Lunatic asylums Punjab 1881-1894 - 1881-1894
Year: 1881
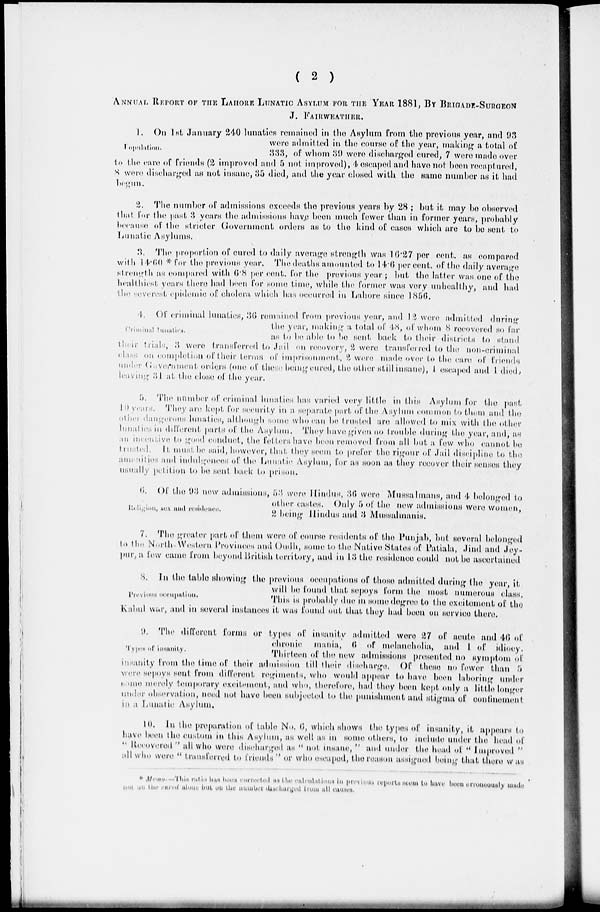
( 2 )
ANNUAL REPORT OF THE LAHORE LUNATIC ASYLUM FOR THE YEAR 1881, BY BRIGADE-SURGEON
J.
FAIRWEATHER.
Population.
1. On 1st January 240 lunatics remained in the Asylum from the previous year, and 93
were admitted in the course of the year, making a total of
333, of whom 39 were discharged cured, 7 were made over
to the care of friends (2 improved and 5 not improved), 4 escaped and have not boon recaptured,
8 were discharged an not insane, 35 died, and the year cloned with the same number as it had
begun.
2. The number of admissions exceeds the previous years by 28 ; but it may be observed
that for the past 3 years the admissions have been much fewer than in former years, probably
because of the stricter Government orders as to the kind of cases which are to be sent to
Lunatic Asylums.
3. The proportion of cured to daily average strength was 16.27 per cent. as compared
with 14.60 * for the previous year. The deaths amounted to 140 per cent. of the daily average
strength as compared with 6.8 per rent. for the previous year; but the latter was one of the
healthiest years there had been for some time, while the former was very unhealthy, and had
the severest epidemic of cholera which has occurred in Lahore since 1856.
Criminal
lunatics.
4. Of criminal lunatics, 36 remained from previous year, and 12 were admitted during
the year, making a total of 48, of whom 8 recovered so far
as to be able to be sent back to their districts to stand
their trials, 3 were transferred to Jail on recovery, 2 were transferred to the non-criminal
class on completion of their terms of imprisonment, 2 were made over to the care of friends
under Government orders (one of these being cured, the other still insane), I escaped and I died,
leaving 31 at the close of the year.
5. The number of criminal lunation has varied very little in this Asylum for the past
10 years. They are kept for security in a separate part of the Asylum common to them and the
other dangerous lunatics, although some who can be trusted are allowed to mix with the other
lunatics in different parts of the Asylum. They have given no trouble during the year, and, as
an incentive to good conduct, the letters have been removed from all but a few who cannot be
trusted. It must be said, however, that they seem to prefer the rigour of Jail discipline to the
amenities and indulgences of the Lunatic Asylum, for an soon as they recover their senses they
usually petition to be sent back to prison.
Religion, sex and residence.
6. Of the 93 new admissions, 53 were Hindus, 36 were Mussalmans, and 4 belonged to
other castes. Only 5 of the new admissions were women,
2 being Hindus and 3 Mussalmanis.
7. The greater part of them were of course residents of the Punjab, but several belonged
to the North-Western Provinces and Oudh, some to the Native States of Patiala, Jind and Jey-
pur, a few came from beyond British territory, and in 13 the residence could not bo ascertained
Previous occupation.
8. In the table showing the previous occupations of those admitted during the year, it
will be found that sepoys form the most numerous class.
This in probably due in some degree to the excitement of the
Kabul war, and in several instances it wan found out that they had been on service there.
Types of insanity.
9. The different forms or types of insanity admitted were 27 of acute and 46 of
chronic mania, 6 or melancholia, and 1 of idiocy.
Thirteen of the new admissions presented no symptom of
insanity from the time of their admission till their discharge. Of these no fewer than 5
were sepoys sent from different regiments, who would appear to have been laboring under
some merely temporary excitement, and who, therefore, had they been kept only a little longer
under observation, need not have been subjected to the punishment and stigma of continement
in a Lunatic Asylum.
10. In the preparation of table No. 6, which shows the types of insanity, it appears to
have been the custom in thin Asylum, as well as in some others, to include under the head of
" Recovered " all who were discharged an " not insane, " and under the head of " Improved "
all who were " transferred to friends " or who escaped, the reason assigned being that there was
* Memo. —This ratio has been corrected as the calculations in previous reports seem to have been erroncously made
not on the cured alone but on the number discharged from all causes.